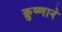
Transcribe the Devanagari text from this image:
क्रुष्णाने